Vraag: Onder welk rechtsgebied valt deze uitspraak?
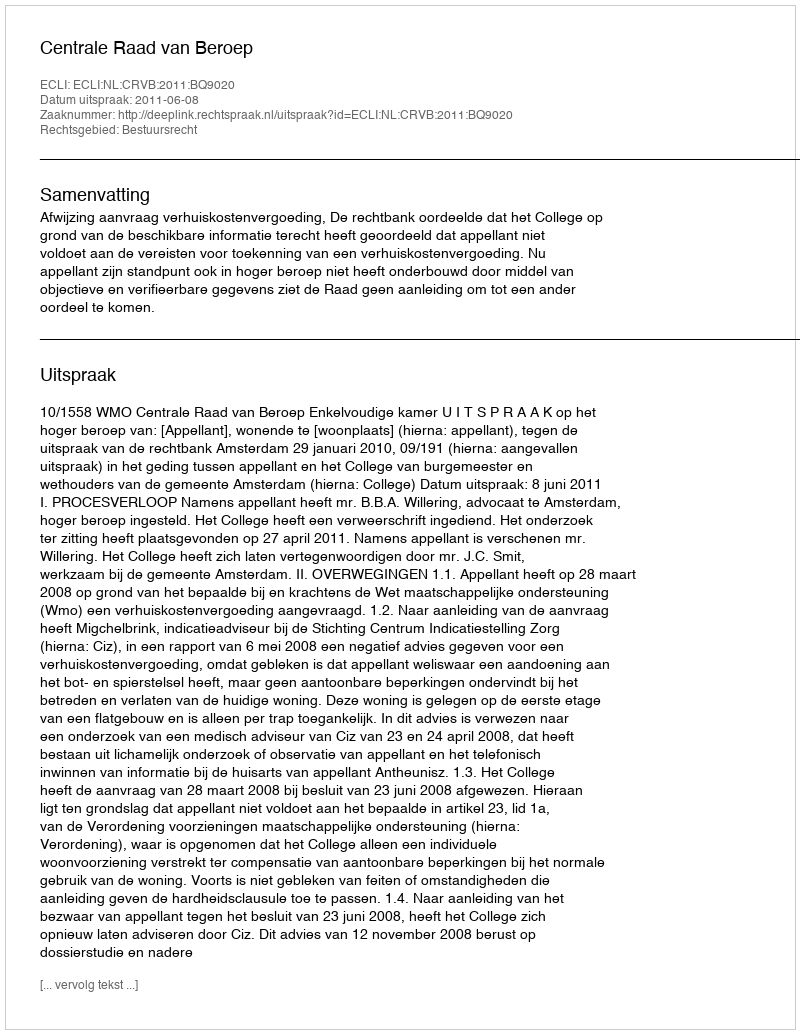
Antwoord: Bestuursrecht